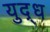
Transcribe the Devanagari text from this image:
युद़्ध